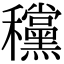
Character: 𥤗